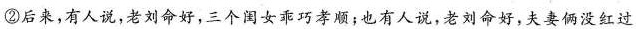
②后来，有人说，老刘命好，三个闺女乖巧孝项；也有人说，老刘命好，夫妻俩没红过